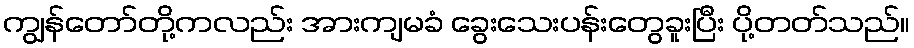
ကျွန်တော်တို့ကလည်း အားကျမခံ ခွေးသေးပန်းတွေခူးပြီး ပို့တတ်သည်။